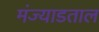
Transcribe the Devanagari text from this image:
मंज्याडताल